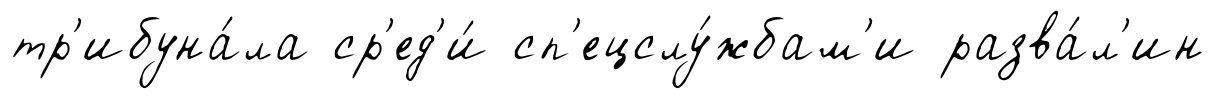
тр'ибуна́ла ср'ед'и́ сп'ецслу́жбам'и разва́л'ин